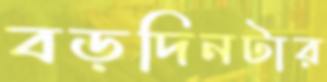
বড়দিনটার